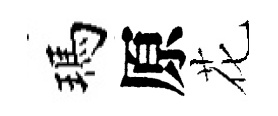
瑪原花